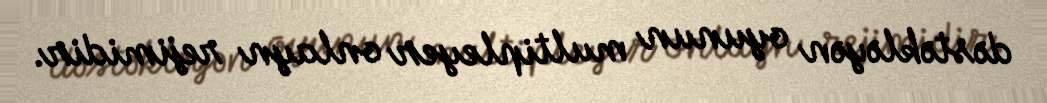
dəstəkləyən oyunun multipleyer onlayn rejimidir.